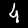
Digit: 4